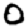
Digit: 0